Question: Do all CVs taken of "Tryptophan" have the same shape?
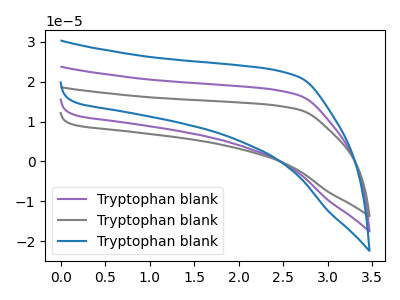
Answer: <think>The purple curve "Tryptophan blank1" has no peaks. The gray curve "Tryptophan blank2" has no peaks. The blue curve "Tryptophan blank3" has no peaks.
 Neither "Tryptophan blank1" or "Tryptophan blank2" have any peaks. Neither "Tryptophan blank1" or "Tryptophan blank3" have any peaks. Neither "Tryptophan blank2" or "Tryptophan blank3" have any peaks.</think>
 <answer>All the CV's of "Tryptophan" have similar shape.</answer>
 <eval>follow_rule</eval>